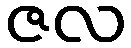
ဇလ